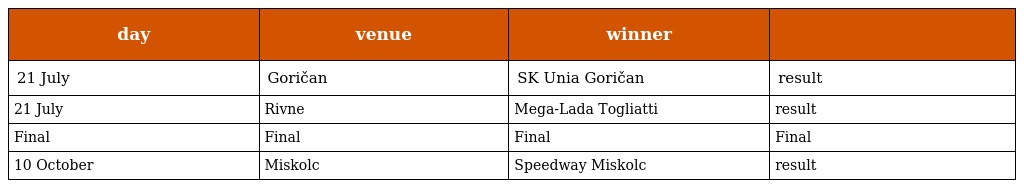
| day | venue | winner |  |
 | --- | --- | --- | --- |
 | 21 July | Goričan | SK Unia Goričan | result |
 | 21 July | Rivne | Mega-Lada Togliatti | result |
 | Final | Final | Final | Final |
 | 10 October | Miskolc | Speedway Miskolc | result |